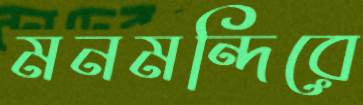
মনমন্দিরে